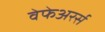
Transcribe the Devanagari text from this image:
वेफेअरर्स